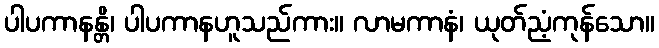
ပါပကာနန္တိ၊ ပါပကာနဟူသည်ကား။ လာမကာနံ၊ ယုတ်ညံ့ကုန်သော။